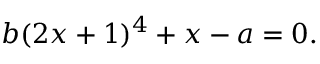
b ( 2 x + 1 ) ^ { 4 } + x - a = 0 .